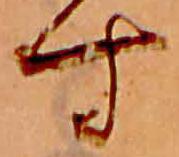
す